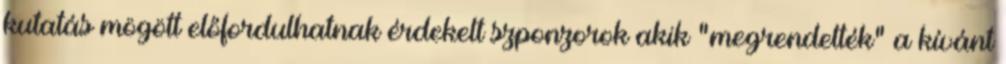
kutatás mögött előfordulhatnak érdekelt szponzorok akik "megrendelték" a kívánt